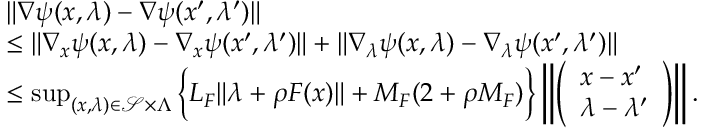
\begin{array} { r l } & { \| \nabla \psi ( x , \lambda ) - \nabla \psi ( x ^ { \prime } , \lambda ^ { \prime } ) \| } \\ & { \leq \| \nabla _ { x } \psi ( x , \lambda ) - \nabla _ { x } \psi ( x ^ { \prime } , \lambda ^ { \prime } ) \| + \| \nabla _ { \lambda } \psi ( x , \lambda ) - \nabla _ { \lambda } \psi ( x ^ { \prime } , \lambda ^ { \prime } ) \| } \\ & { \leq \operatorname* { s u p } _ { ( x , \lambda ) \in \mathcal { S } \times \Lambda } \Big \{ L _ { F } \| \lambda + \rho F ( x ) \| + M _ { F } ( 2 + \rho M _ { F } ) \Big \} \left\| \left( \begin{array} { l } { x - x ^ { \prime } } \\ { \lambda - \lambda ^ { \prime } } \end{array} \right) \right\| . } \end{array}